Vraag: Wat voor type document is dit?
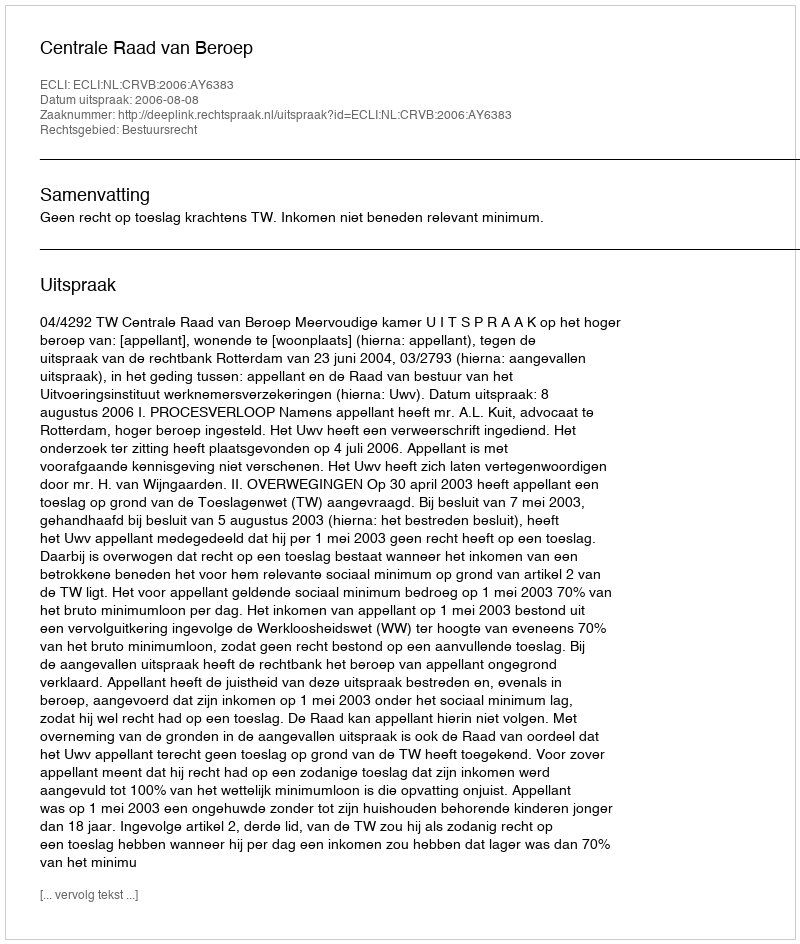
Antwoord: Uitspraak